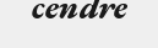
cendre